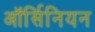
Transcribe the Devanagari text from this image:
ऑर्सिनियन